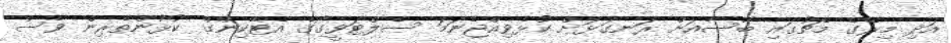
އަދި މިރޭގެ މެޗުގައި ބާސާއަށް ރަނގަޅަށް ކުޅެވިއްޖެނަމަ ސެލްޓަވީގޯގެ އެޓޭކިންގް ކުޅުންތެރިން ވެސް